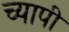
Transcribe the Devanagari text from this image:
च्यापी